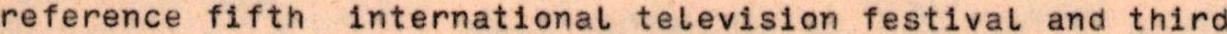
reference fifth international television festival and third